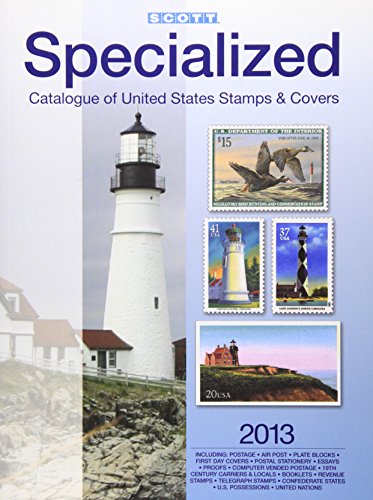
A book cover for Scott Specialized Catalogue of United States Stamps & Covers 2013: Confederate States-Canal Zone-Danish West Indies-Guam-Hawaii-United Nations: United ... Postage Stamp Catalogue: U.S. Specialized); Charles Snee; Crafts, Hobbies & Home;